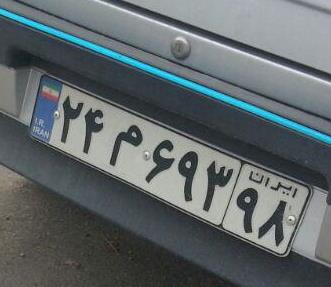
۲۴م۶۹۳۹۸